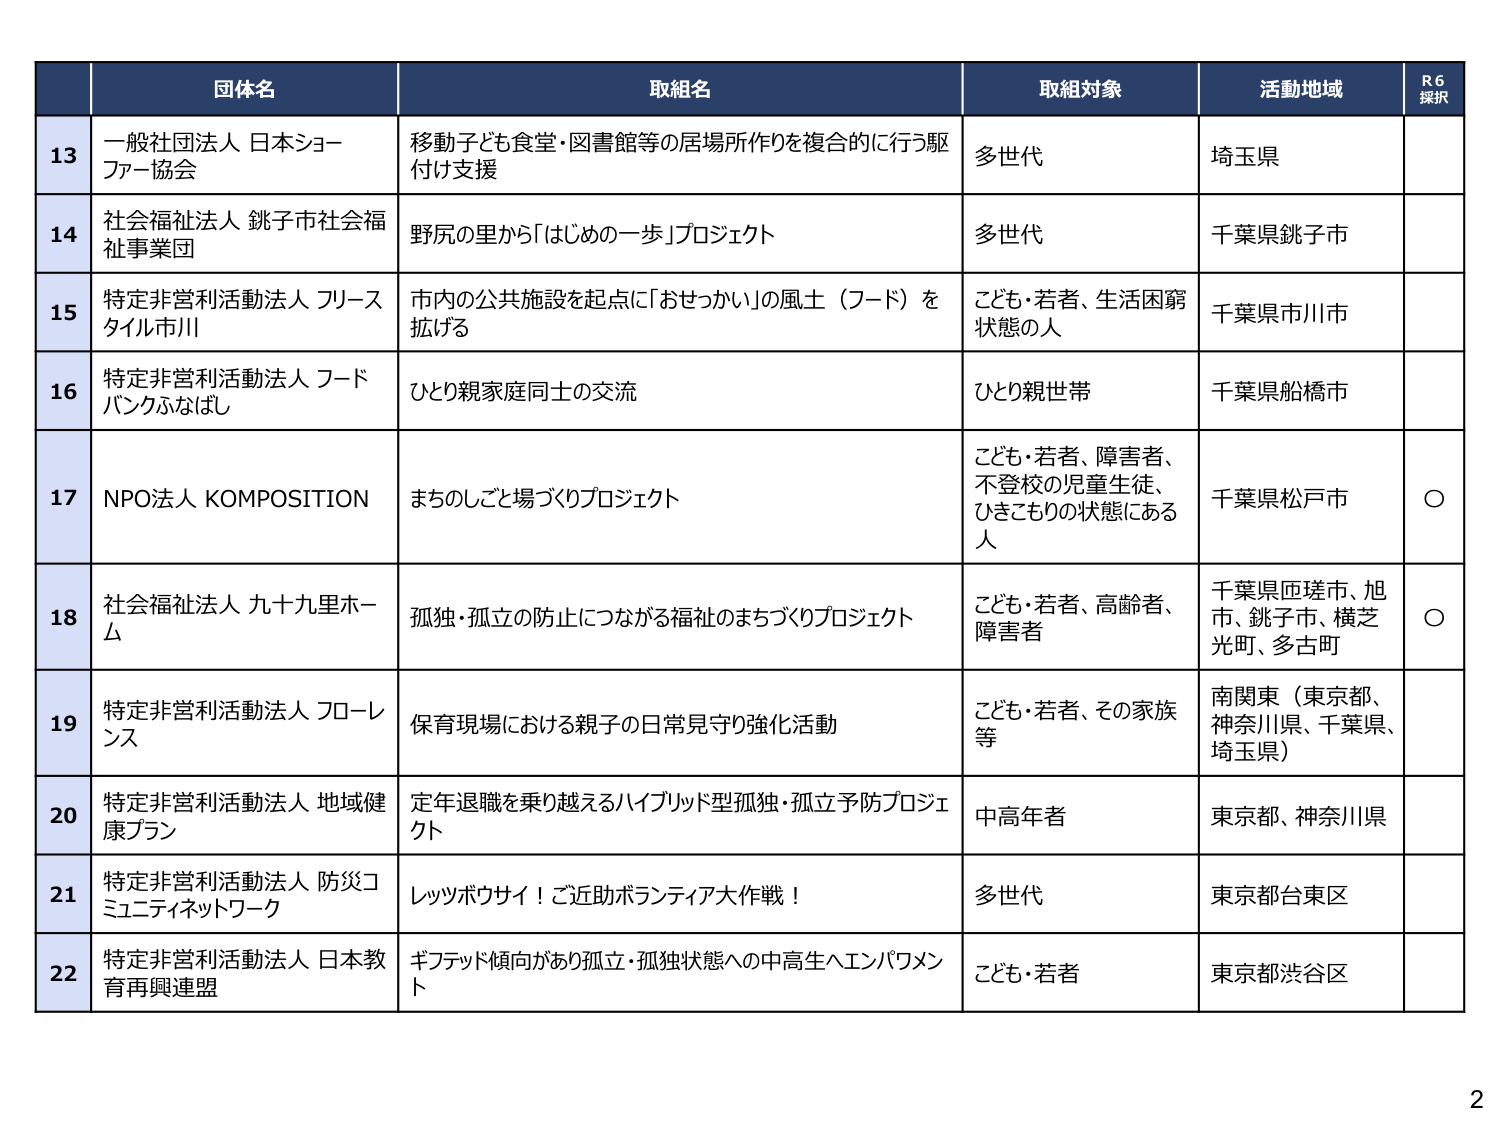
13 一般社団法人 日本シーファー協会 移動子ども食堂・図書館等の居場所作りを複合的に行う駆付け支援 多世代 埼玉県
14 社会福祉法人 銚子市社会福祉事業団 野尻の里から「はじめの一歩」プロジェクト 多世代 千葉県銚子市
15 特定非営利活動法人 フリースタイル市川 市内の公共施設を起点に「おせっかい」の風土（フード）を拡げる こども・若者、生活困窮状態の人 千葉県市川市
16 特定非営利活動法人 フードバンクふなばし ひとり親家庭同士の交流 ひとり親世帯 千葉県船橋市
17 NPO法人 KOMPOSITION まちのしごと場づくりプロジェクト こども・若者、障害者、不登校の児童生徒、ひきこもりの状態にある人 千葉県松戸市 ○
18 社会福祉法人 九十九里ホーム 孤独・孤立の防止につながる福祉のまちづくりプロジェクト こども・若者、高齢者、障害者 千葉県匝瑳市、旭市、銚子市、横芝光町、多古町 ○
19 特定非営利活動法人 フローレンス 保育現場における親子の日常見守り強化活動 こども・若者、その家族等 南関東（東京都、神奈川県、千葉県、埼玉県）
20 特定非営利活動法人 地域健康プラン 定年退職を乗り越えるハイブリッド型孤独・孤立予防プロジェクト 中高年者 東京都、神奈川県
21 特定非営利活動法人 防災コミュニティネットワーク レッツボウサイ！ご近助ボランティア大作戦！ 多世代 東京都台東区
22 特定非営利活動法人 日本教育再興連盟 ギフテッド傾向があり孤立・孤独状態への中高生へエンパワメント こども・若者 東京都渋谷区

R6 探択
2